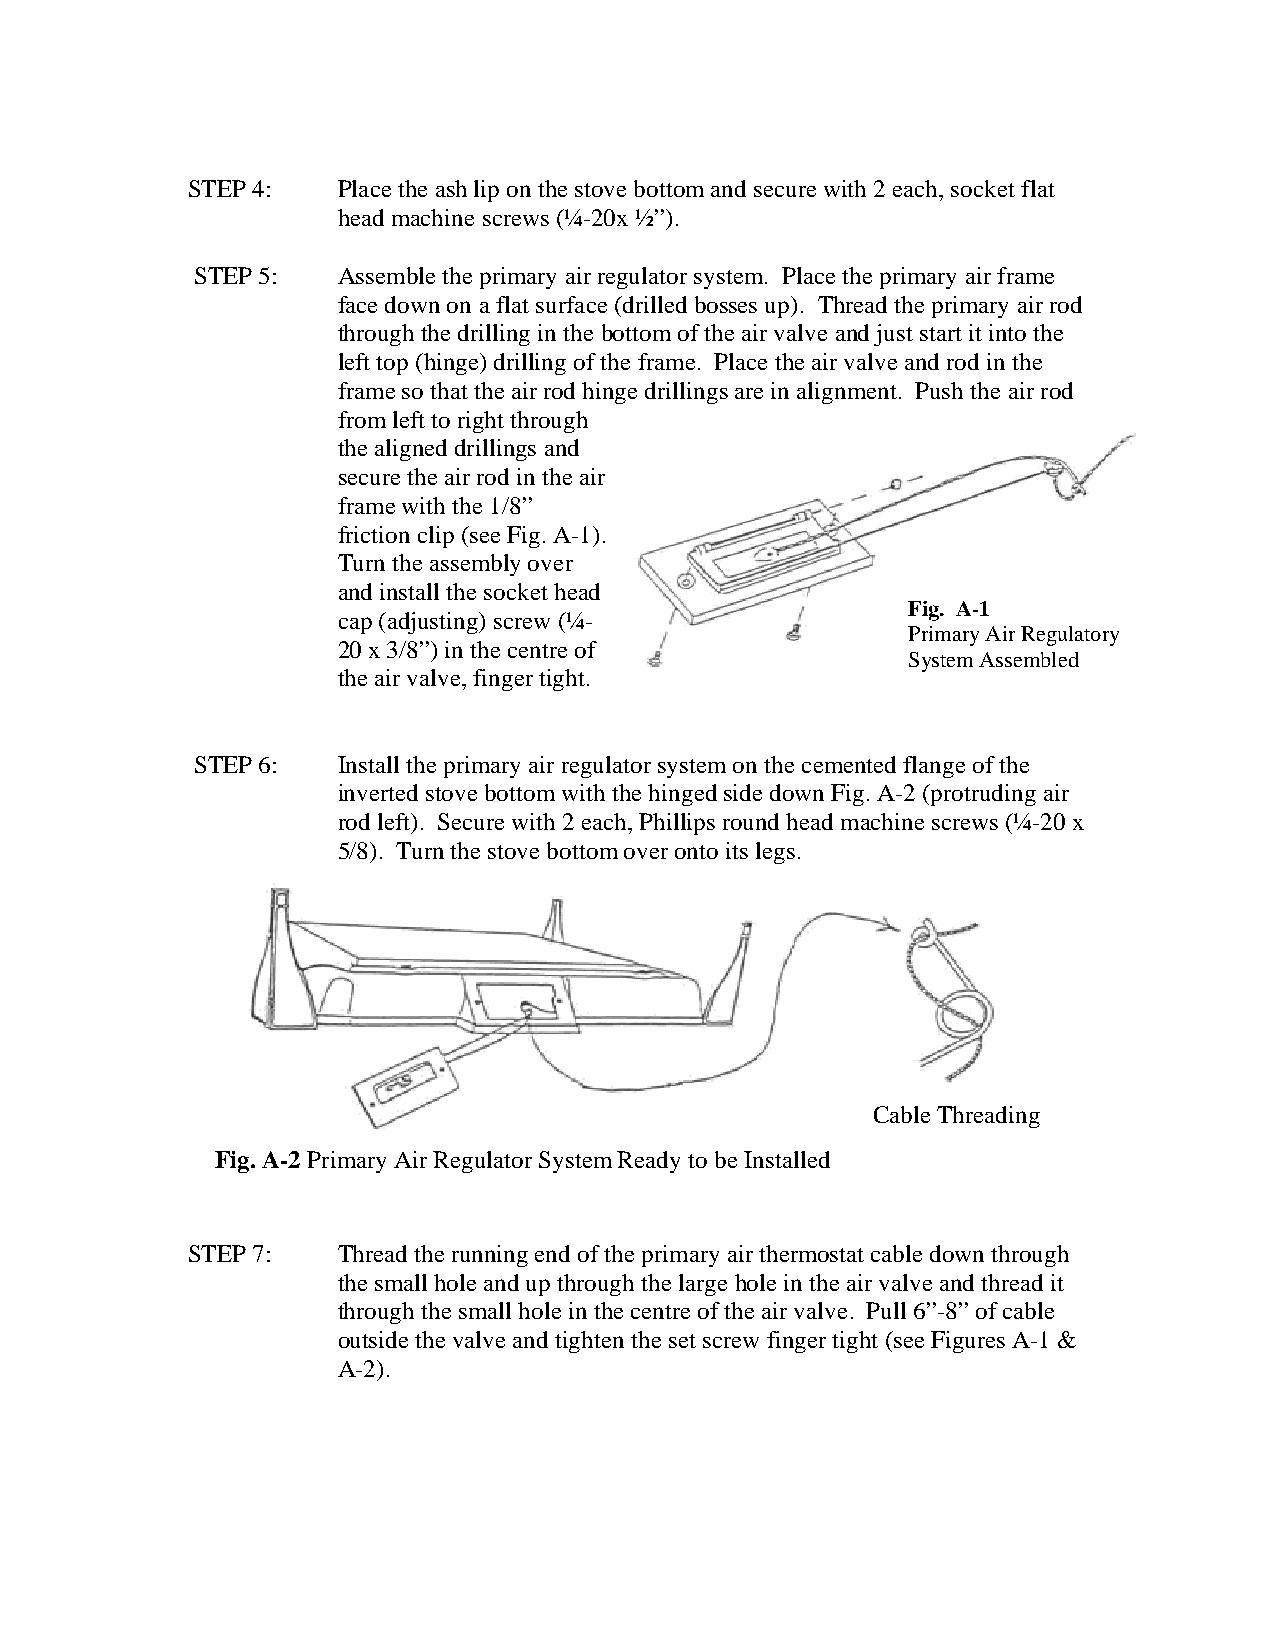
STEP 4:   Place the ash lip on the stove bottom and secure with 2 each, socket flat
 head machine screws (¼-20x ½”).
 STEP 5:  Assemble the primary air regulator system. Place the primary air frame
 face down on a flat surface (drilled bosses up). Thread the primary air rod
 through the drilling in the bottom of the air valve and just start it into the
 left top (hinge) drilling of the frame. Place the air valve and rod in the
 frame so that the air rod hinge drillings are in alignment. Push the air rod
 from left to right through
 the aligned drillings and
 secure the air rod in the air
 frame with the 1/8”
 friction clip (see Fig. A-1).
 Turn the assembly over
 and install the socket head
 Fig. A-1
 cap (adjusting) screw (¼-
 Primary Air Regulatory
 20 x 3/8”) in the centre of
 System Assembled
 the air valve, finger tight.
 STEP 6:  Install the primary air regulator system on the cemented flange of the
 inverted stove bottom with the hinged side down Fig. A-2 (protruding air
 rod left). Secure with 2 each, Phillips round head machine screws (¼-20 x
 5/8). Turn the stove bottom over onto its legs.
 Cable Threadin g
 Fig. A-2 Primary Air Regulator System Ready to be Installed
 STEP 7:   Thread the running end of the primary air thermostat cable down through
 the small hole and up through the large hole in the air valve and thread it
 through the small hole in the centre of the air valve. Pull 6”-8” of cable
 outside the valve and tighten the set screw finger tight (see Figures A-1 &
 A-2).